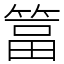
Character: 䈏